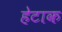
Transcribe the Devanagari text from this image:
हेटाक